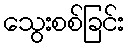
သွေးစစ်ခြင်း